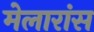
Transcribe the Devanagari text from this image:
मेलारांस